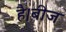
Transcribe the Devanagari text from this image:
है।बीज